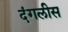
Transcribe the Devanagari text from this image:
दंगलीस